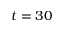
t = 3 0